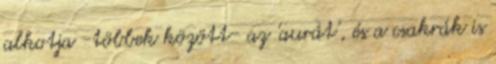
alkotja -többek között- az 'aurát', és a csakrák is